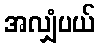
အလျှံပယ်